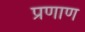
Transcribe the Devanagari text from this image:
प्रणाण